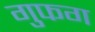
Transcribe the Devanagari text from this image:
गुफग